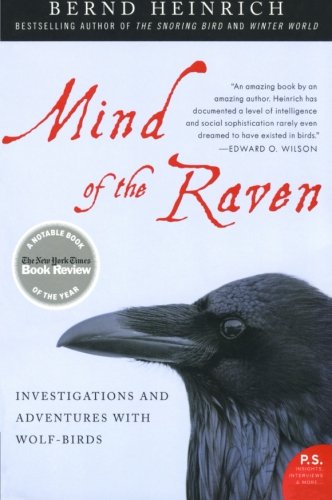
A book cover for Mind of the Raven: Investigations and Adventures with Wolf-Birds; Bernd Heinrich; Science & Math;